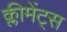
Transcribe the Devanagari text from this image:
क्लीमेंट्स